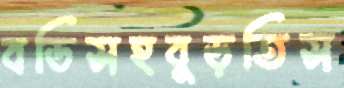
বডিসহবুড়তিস